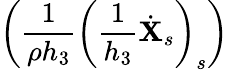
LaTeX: \left(\frac{1}{\rho h_{3}}\left(\frac{1}{h_{3}}\dot{\mathbf{X}}_{s}\right)_{s}\right)